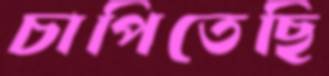
চাপিতেছি